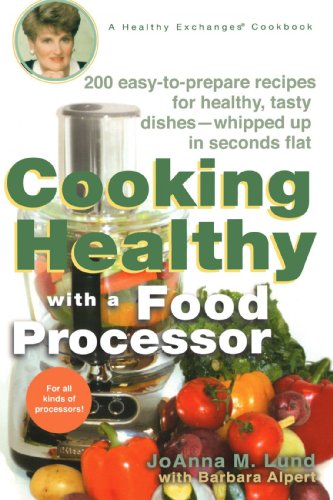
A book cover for Cooking Healthy with a Food Processor: A Healthy Exchanges Cookbook (Healthy Exchanges Cookbooks); JoAnna M. Lund; Cookbooks, Food & Wine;